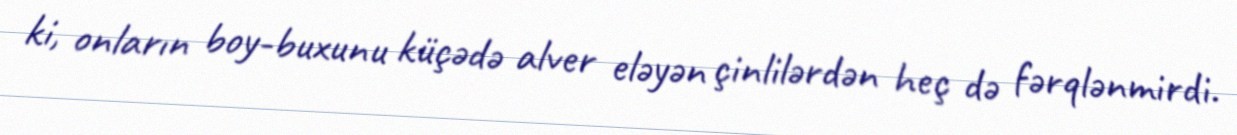
ki, onların boy-buxunu küçədə alver eləyən çinlilərdən heç də fərqlənmirdi.